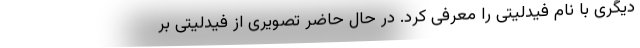
دیگری با نام فیدلیتی را معرفی کرد. در حال حاضر تصویری از فیدلیتی بر